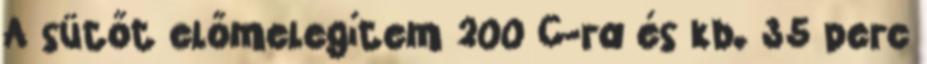
A sütőt előmelegítem 200 C-ra és kb. 35 perc